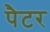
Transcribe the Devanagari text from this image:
पैटर